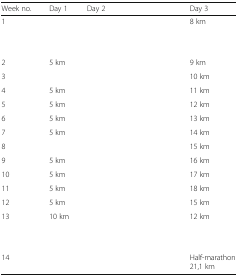
<table><thead><tr><td><b>Week no.</b></td><td><b>Day 1</b></td><td><b>Day 2</b></td><td><b>Day 3</b></td></tr></thead><tbody><tr><td>1</td><td>[EMPTY_CELL]</td><td>[EMPTY_CELL]</td><td>8 km</td></tr><tr><td>2</td><td>5 km</td><td>[EMPTY_CELL]</td><td>9 km</td></tr><tr><td>3</td><td>[EMPTY_CELL]</td><td>[EMPTY_CELL]</td><td>10 km</td></tr><tr><td>4</td><td>5 km</td><td>[EMPTY_CELL]</td><td>11 km</td></tr><tr><td>5</td><td>5 km</td><td>[EMPTY_CELL]</td><td>12 km</td></tr><tr><td>6</td><td>5 km</td><td>[EMPTY_CELL]</td><td>13 km</td></tr><tr><td>7</td><td>5 km</td><td>[EMPTY_CELL]</td><td>14 km</td></tr><tr><td>8</td><td>[EMPTY_CELL]</td><td>[EMPTY_CELL]</td><td>15 km</td></tr><tr><td>9</td><td>5 km</td><td>[EMPTY_CELL]</td><td>16 km</td></tr><tr><td>10</td><td>5 km</td><td>[EMPTY_CELL]</td><td>17 km</td></tr><tr><td>11</td><td>5 km</td><td>[EMPTY_CELL]</td><td>18 km</td></tr><tr><td>12</td><td>5 km</td><td>[EMPTY_CELL]</td><td>15 km</td></tr><tr><td>13</td><td>10 km</td><td>[EMPTY_CELL]</td><td>12 km</td></tr><tr><td>14</td><td>[EMPTY_CELL]</td><td>[EMPTY_CELL]</td><td>Half-marathon21,1 km</td></tr></tbody></table>